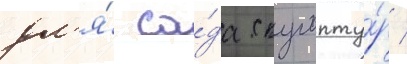
дл'я́ са́да скульпту́р /